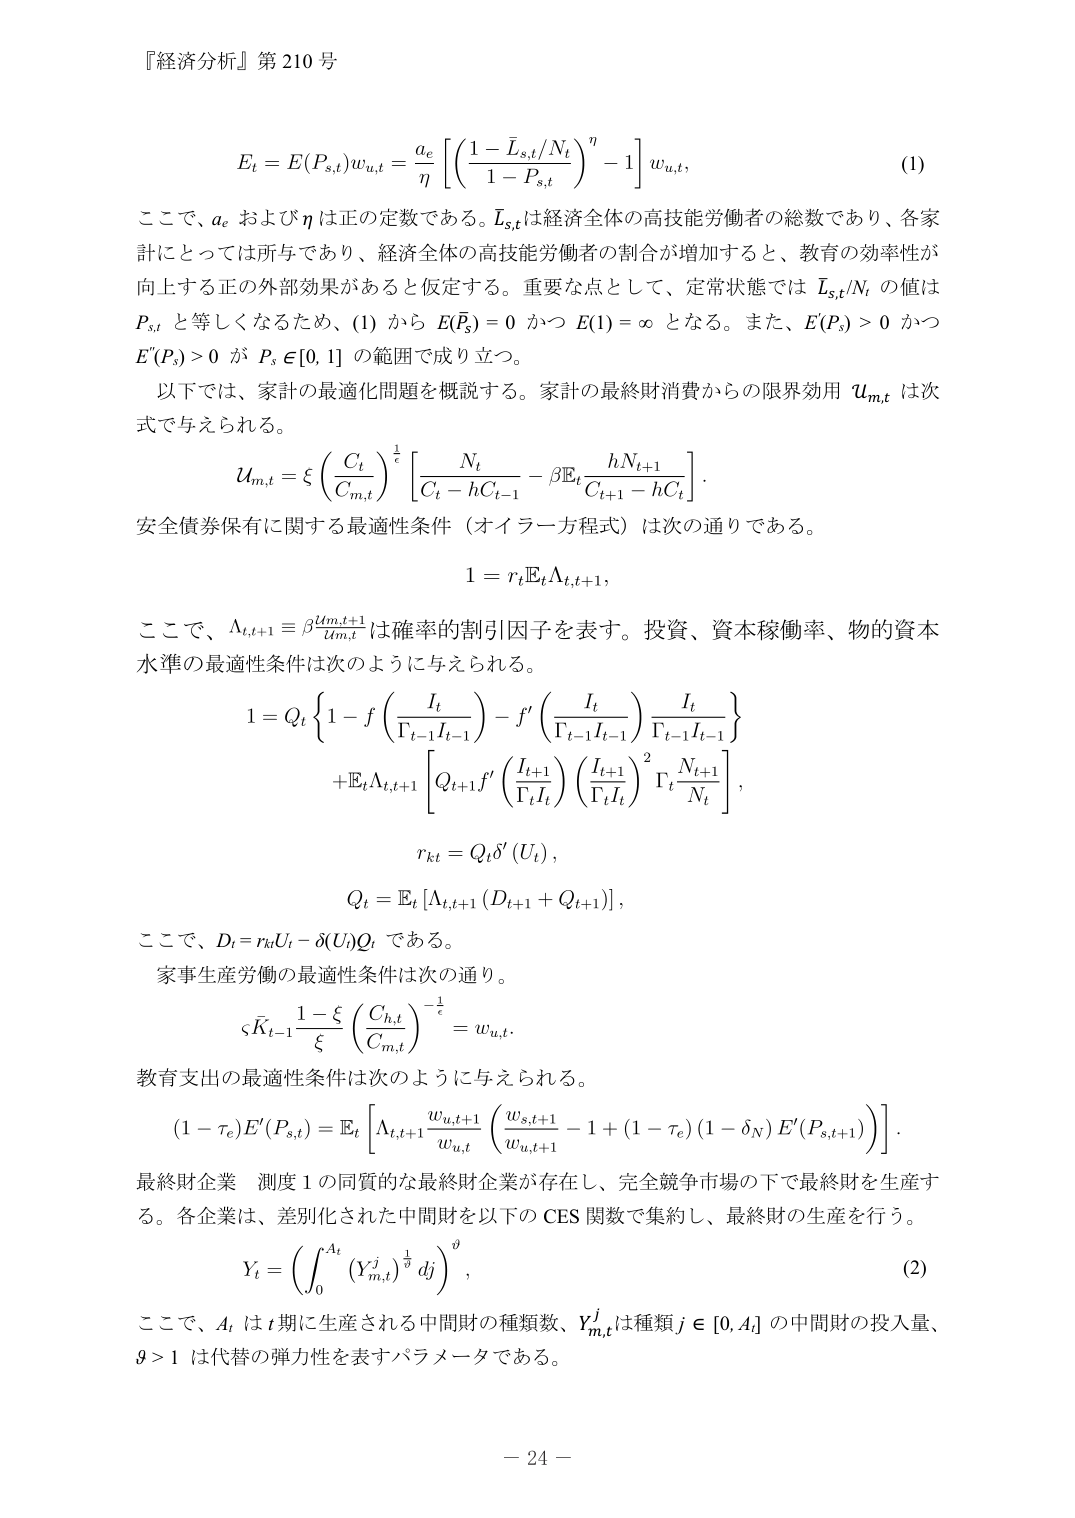
『経済分析』第210号

E_t = E(P_{s,t}) w_{u,t} = \frac{a_e}{\eta} \left[ \left( \frac{1 - \bar{L}_{s,t}/N_t}{1 - P_{s,t}} \right)^\eta - 1 \right] w_{u,t}, \tag{1}

ここで、a_e および \eta は正の定数である。\bar{L}_{s,t} は経済全体の高技能労働者の総数であり、各家計にとっては所与であり、経済全体の高技能労働者の割合が増加すると、教育の効率性が向上する正の外部効果があると仮定する。重要な点として、定常状態では \bar{L}_{s,t}/N_t の値は P_{s,t} と等しくなるため、(1) から E(\bar{P}_s) = 0 かつ E(1) = \infty となる。また、E'(P_s) > 0 かつ E''(P_s) > 0 が P_s \in [0,1] の範囲で成り立つ。

以下では、家計の最適化問題を概説する。家計の最終財消費からの限界効用 u_{m,t} は次式で与えられる。

u_{m,t} = \xi \left( \frac{C_t}{C_{m,t}} \right)^{\frac{1}{\xi}} \left[ \frac{N_t}{C_t - h C_{t-1}} - \beta \mathbb{E}_t \frac{h N_{t+1}}{C_{t+1} - h C_t} \right].

安全債券保有に関する最適性条件（オイラー方程式）は次の通りである。

1 = r_t \mathbb{E}_t \Lambda_{t,t+1},

ここで、\Lambda_{t,t+1} \equiv \beta \frac{u_{m,t+1}}{u_{m,t}} は確率的割引因子を表す。投資、資本稼働率、物的資本水準の最適性条件は次のように与えられる。

1 = Q_t \left\{ 1 - f \left( \frac{I_t}{\Gamma_{t-1} I_{t-1}} \right) - f' \left( \frac{I_t}{\Gamma_{t-1} I_{t-1}} \right) \frac{I_t}{\Gamma_{t-1} I_{t-1}} \right\} \\
\quad + \mathbb{E}_t \Lambda_{t,t+1} \left[ Q_{t+1} f' \left( \frac{I_{t+1}}{\Gamma_t I_t} \right) \left( \frac{I_{t+1}}{\Gamma_t I_t} \right)^2 \Gamma_t \frac{N_{t+1}}{N_t} \right],

r_{kt} = Q_t \delta' (U_t),

Q_t = \mathbb{E}_t \left[ \Lambda_{t,t+1} (D_{t+1} + Q_{t+1}) \right],

ここで、D_t = r_{kt} U_t - \delta(U_t) Q_t である。

家事生産労働の最適性条件は次の通り。

s \bar{K}_{t-1} \frac{1 - \xi}{\xi} \left( \frac{C_{h,t}}{C_{m,t}} \right)^{-\frac{1}{\xi}} = w_{u,t}.

教育支出の最適性条件は次のように与えられる。

(1 - \tau_e) E'(P_{s,t}) = \mathbb{E}_t \left[ \Lambda_{t,t+1} \frac{w_{u,t+1}}{w_{u,t}} \left( \frac{w_{s,t+1}}{w_{u,t+1}} - 1 + (1 - \tau_e) (1 - \delta_N) E'(P_{s,t+1}) \right) \right].

最終財企業 測度 1 の同質な最終財企業が存在し、完全競争市場の下で最終財を生産する。各企業は、差別化された中間財を以下の CES 関数で集約し、最終財の生産を行う。

Y_t = \left( \int_0^{A_t} (Y_{m,t}^j)^{\frac{1}{\vartheta}} dj \right)^\vartheta, \tag{2}

ここで、A_t は t 期に生産される中間財の種類数、Y_{m,t}^j は種類 j \in [0, A_t] の中間財の投入量、\vartheta > 1 は代替の弾力性を表すパラメータである。

- 24 -